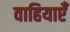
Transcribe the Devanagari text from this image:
वाहियाएँ